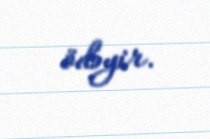
ödəyir.